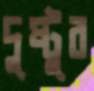
দুষ্টুর